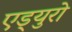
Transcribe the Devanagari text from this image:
एड्‌युरो